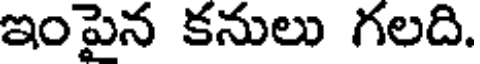
ఇంపైన కనులు గలది.